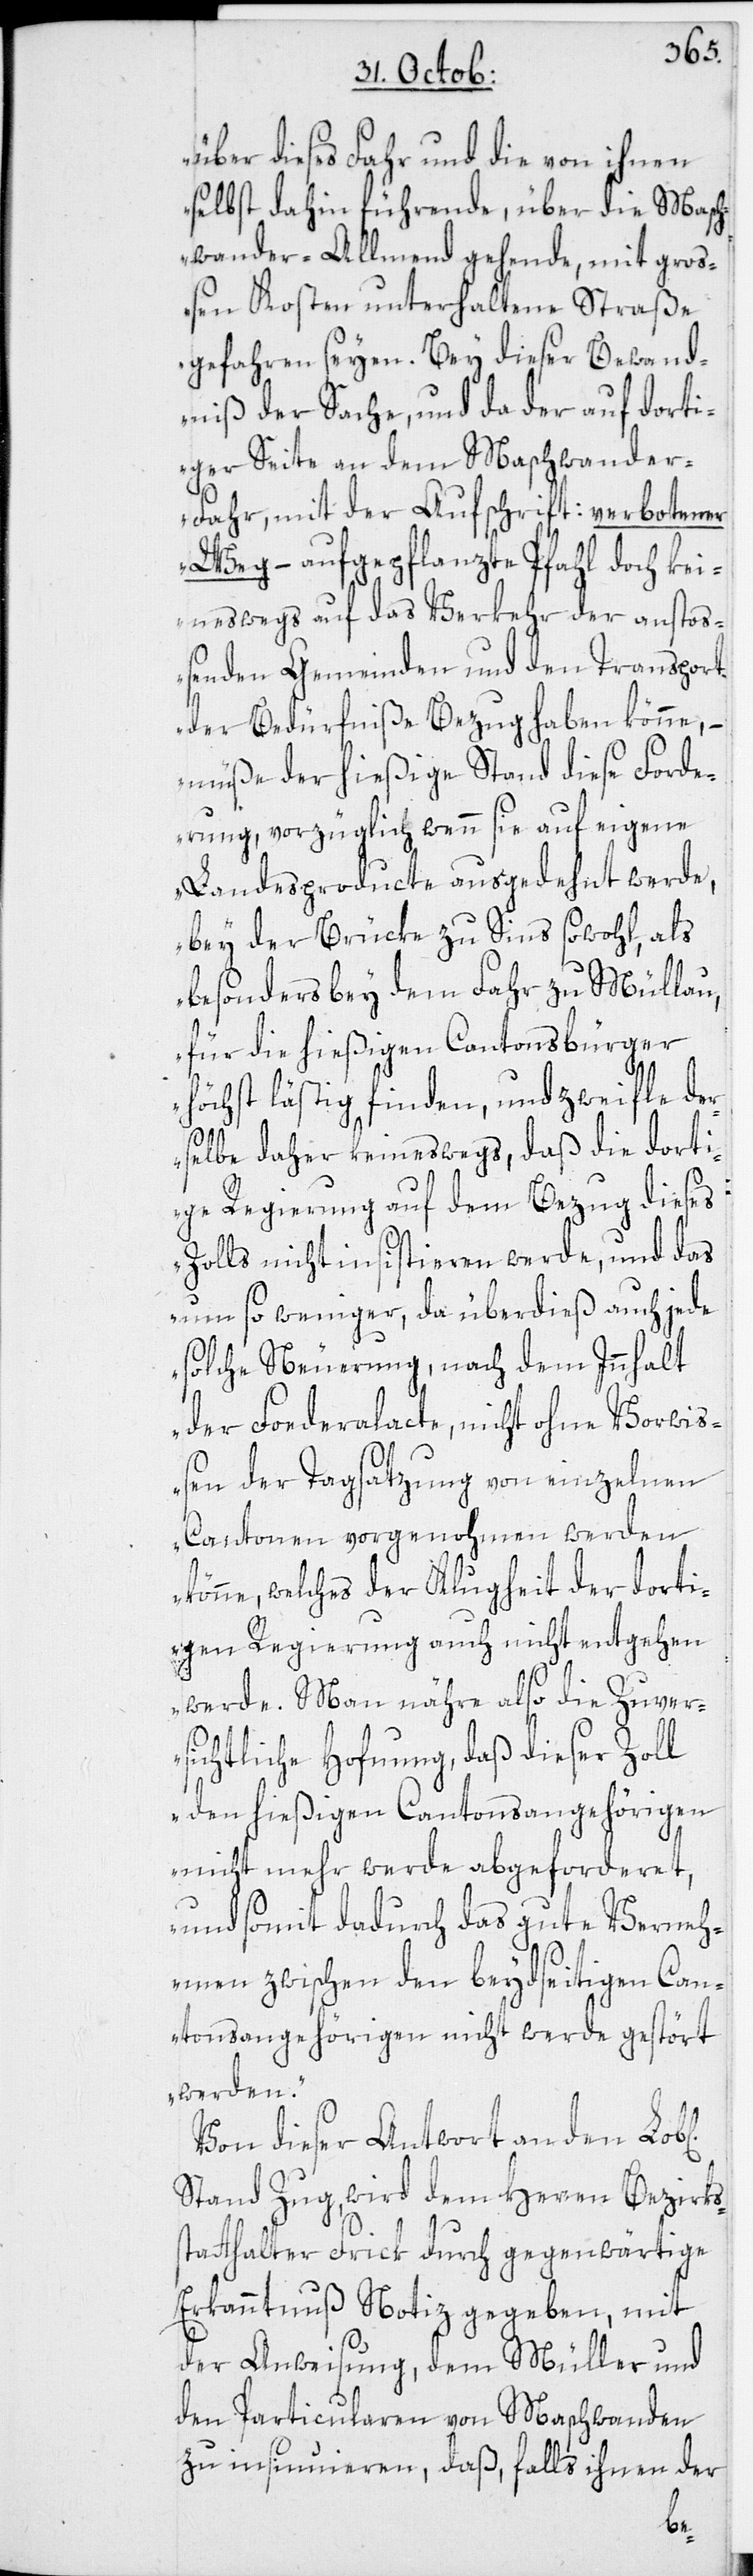
über dieses Fahr und die von ihnen
selbst dahin führende, über die Masch¬
wander-Allmend gehende, mit gro¬
ßen Kosten unterhaltene Straße
gefahren seyen. Bey dieser Bewand¬
niß der Sache, und da der auf dorti¬
ger Seite an dem Maschwander-F¬
ahr, mit der Aufschrift: verbotener
Weg – aufgepflanzte Pfahl doch kei¬
neswegs auf das Verkehr der anstos¬
senden Gemeinden und den Transport
der Bedürfniße Bezug haben könne, –
müße der hießige Stand diese Forde¬
rung, vorzüglich wenn sie auf eigene
Landesproducte ausgedehnt werde,
bey der Brücke zu Sins sowohl, als
besonders bey dem Fahr zu Müllau,
für die hießigen Cantonsbürger
höchst lästig finden, und zweifle de¬
rselbe daher keineswegs, daß die dort¬
ige Regierung auf dem Bezug dieses
Zolls nicht insistieren werde, und das
um so weniger, da überdieß auch jede
solche Neuerung, nach dem Innhalt
der Foederalacte, nicht ohne Vorwis¬
sen der Tagsatzung von einzelnen
Cantonen vorgenohmen werden
könne, welches der Klugheit der dorti¬
gen Regierung auch nicht entgehen
werde. Man nähre also die Zuver¬
sichtliche Hofnung, daß dieser Zoll
den hießigen Cantonsangehörigen
nicht mehr werde abgeforderet,
und somit dadurch das gute Verneh¬
men zwischen den beydseitigen Can¬
tonsangehörigen nicht werde gestört
werden.“
Von dieser Antwort an den
Stand Zug, wird dem Herren Bezirks¬
statthalter Frick durch gegenwärtige
Erkanntnuß Notiz gegeben, mit
der Anweisung, dem Müller und
den Particularen von Maschwanden
zu insinuieren, daß, falls ihnen der